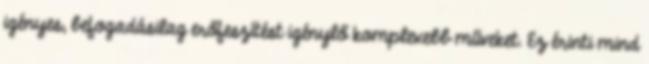
igényes, befogadásilag erőfeszítést igénylő komplexebb műveket. Ez érinti mind